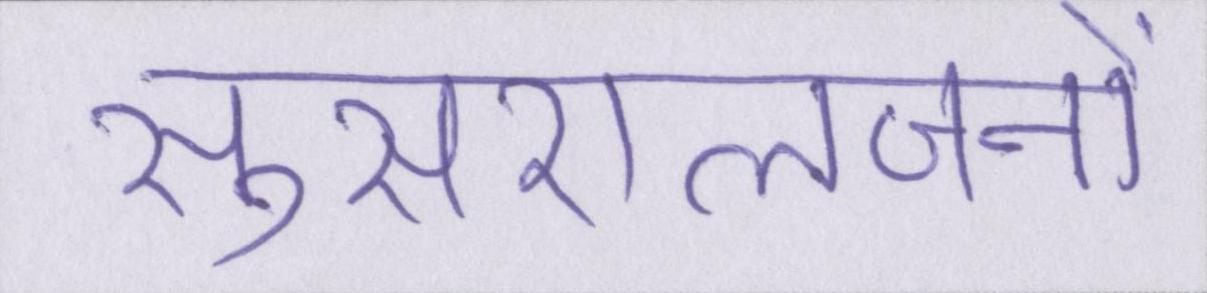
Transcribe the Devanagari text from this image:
सुसरालजनों